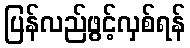
ပြန်လည်ဖွင့်လှစ်ရန်